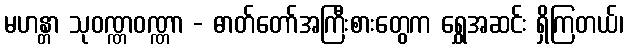
မဟန္တာ သုဝဏ္ဏဝဏ္ဏာ - ဓာတ်တော်အကြီးစားတွေက ရွှေအဆင်း ရှိကြတယ်၊